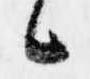
候